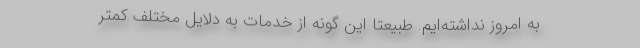
به امروز نداشته‌ایم. طبیعتاً این گونه از خدمات به دلایل مختلف کمتر